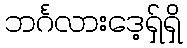
ဘင်္ဂလားဒေ့ရှ်ရှိ